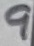
Text: 9